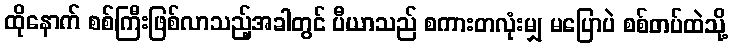
ထိုနောက် စစ်ကြီးဖြစ်လာသည့်အခါတွင် ပီယာသည် စကားတလုံးမျှ မပြောပဲ စစ်တပ်ထဲသို့